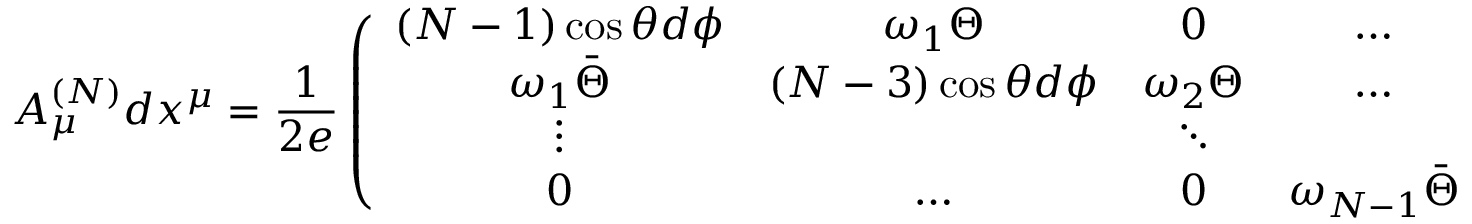
A _ { \mu } ^ { ( N ) } d x ^ { \mu } = \frac { 1 } { 2 e } \left( \begin{array} { c c c c c } { { ( N - 1 ) \cos \theta d \phi } } & { { \omega _ { 1 } \Theta } } & { { 0 } } & { { \ldots } } & { { 0 } } \\ { { \omega _ { 1 } \bar { \Theta } } } & { { ( N - 3 ) \cos \theta d \phi } } & { { \omega _ { 2 } \Theta } } & { { \ldots } } & { { 0 } } \\ { { \vdots } } & { { } } & { { \ddots } } & { { } } & { { \vdots } } \\ { { 0 } } & { { \ldots } } & { { 0 } } & { { \omega _ { N - 1 } \bar { \Theta } } } & { { ( 1 - N ) \cos \theta d \phi } } \end{array} \right)